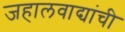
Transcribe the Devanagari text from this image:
जहालवाद्यांची